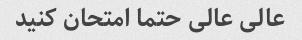
عالى عالى حتما امتحان کنید